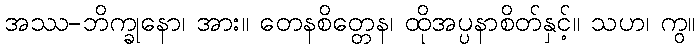
အဿ-ဘိက္ခုနော၊ အား။ တေနစိတ္တေန၊ ထိုအပ္ပနာစိတ်နှင့်။ သဟ၊ ကွ။